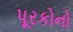
પૂરકોનો